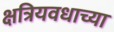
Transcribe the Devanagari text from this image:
क्षत्रियवधाच्या